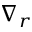
\nabla _ { r }